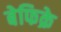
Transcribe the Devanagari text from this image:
बेफिक्रे